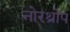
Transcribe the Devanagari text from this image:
नोरथ्रोप